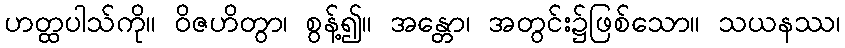
ဟတ္ထပါသ်ကို။ ဝိဇဟိတွာ၊ စွန့်၍။ အန္တော၊ အတွင်း၌ဖြစ်သော။ သယနဿ၊